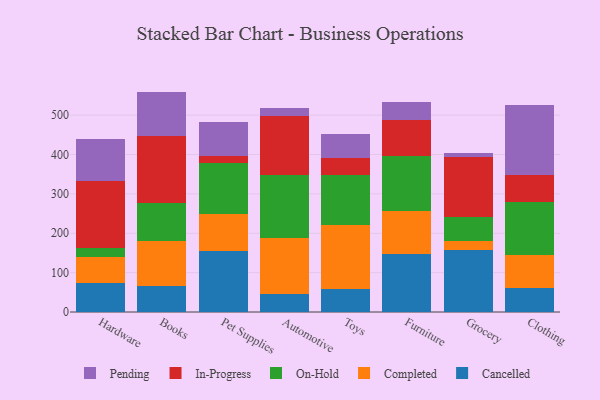
{"axis": {"x": "Category", "y": "Headcount"}, "legend": ["Cancelled", "Completed", "In-Progress", "On-Hold", "Pending"], "data": [{"x": "Hardware", "y": 73.4, "type": "Cancelled"}, {"x": "Hardware", "y": 67.1, "type": "Completed"}, {"x": "Hardware", "y": 21.7, "type": "On-Hold"}, {"x": "Hardware", "y": 171.8, "type": "In-Progress"}, {"x": "Hardware", "y": 104.2, "type": "Pending"}, {"x": "Books", "y": 66.8, "type": "Cancelled"}, {"x": "Books", "y": 114.0, "type": "Completed"}, {"x": "Books", "y": 96.1, "type": "On-Hold"}, {"x": "Books", "y": 169.4, "type": "In-Progress"}, {"x": "Books", "y": 113.5, "type": "Pending"}, {"x": "Pet Supplies", "y": 156.2, "type": "Cancelled"}, {"x": "Pet Supplies", "y": 92.9, "type": "Completed"}, {"x": "Pet Supplies", "y": 130.1, "type": "On-Hold"}, {"x": "Pet Supplies", "y": 18.3, "type": "In-Progress"}, {"x": "Pet Supplies", "y": 85.0, "type": "Pending"}, {"x": "Automotive", "y": 46.1, "type": "Cancelled"}, {"x": "Automotive", "y": 141.8, "type": "Completed"}, {"x": "Automotive", "y": 161.1, "type": "On-Hold"}, {"x": "Automotive", "y": 148.1, "type": "In-Progress"}, {"x": "Automotive", "y": 20.1, "type": "Pending"}, {"x": "Toys", "y": 59.7, "type": "Cancelled"}, {"x": "Toys", "y": 160.1, "type": "Completed"}, {"x": "Toys", "y": 127.4, "type": "On-Hold"}, {"x": "Toys", "y": 44.2, "type": "In-Progress"}, {"x": "Toys", "y": 61.9, "type": "Pending"}, {"x": "Furniture", "y": 148.3, "type": "Cancelled"}, {"x": "Furniture", "y": 107.3, "type": "Completed"}, {"x": "Furniture", "y": 141.6, "type": "On-Hold"}, {"x": "Furniture", "y": 90.7, "type": "In-Progress"}, {"x": "Furniture", "y": 45.4, "type": "Pending"}, {"x": "Grocery", "y": 156.6, "type": "Cancelled"}, {"x": "Grocery", "y": 22.5, "type": "Completed"}, {"x": "Grocery", "y": 61.6, "type": "On-Hold"}, {"x": "Grocery", "y": 152.7, "type": "In-Progress"}, {"x": "Grocery", "y": 10.0, "type": "Pending"}, {"x": "Clothing", "y": 60.9, "type": "Cancelled"}, {"x": "Clothing", "y": 83.8, "type": "Completed"}, {"x": "Clothing", "y": 134.2, "type": "On-Hold"}, {"x": "Clothing", "y": 70.2, "type": "In-Progress"}, {"x": "Clothing", "y": 175.9, "type": "Pending"}]}